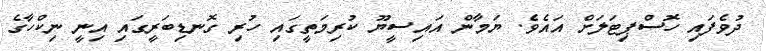
ދުވެފައި ހޮސްޕިޓަލަށް އައެވެ. ޔަމާން އައިސީޔޫ ކުރިމަތީގައި ހުރި ގޮނޑިބަރީގައި އިނީ ނިކްހާގެ